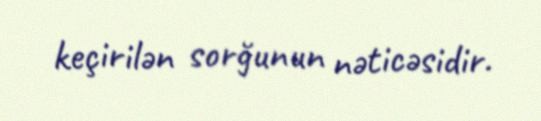
keçirilən sorğunun nəticəsidir.